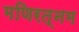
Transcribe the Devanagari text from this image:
मणिरत्‍नम